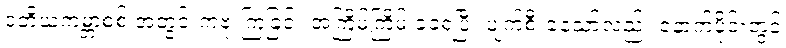
ဒုတိယကမ္ဘာစစ် အတွင်းကဗုံးကြဲခြင်း အကြိမ်ကြိမ် ခံခဲ့ရပြီး ပျက်စီးခဲ့သော်လည်း နောက်ပိုင်းတွင်